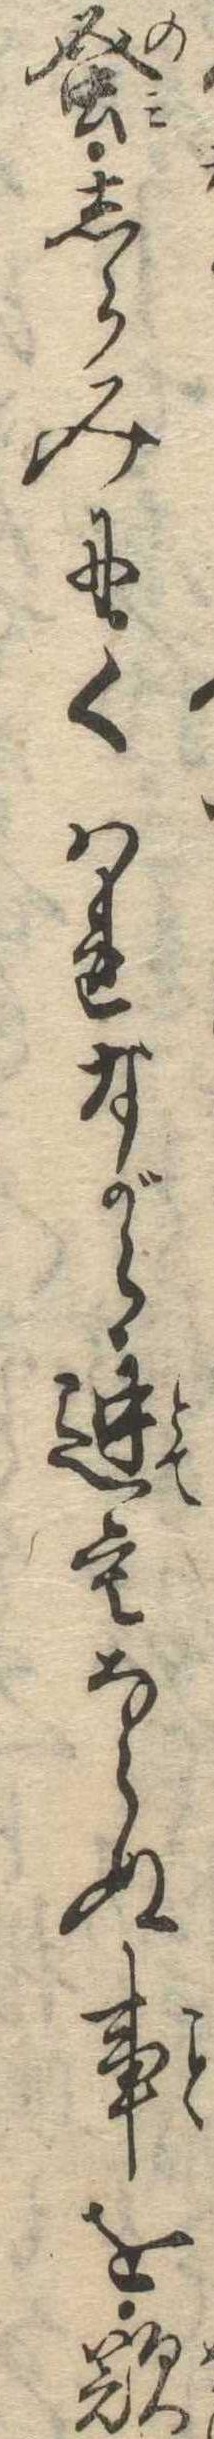
蚤しらみにくはれながら迚もならぬ事を歎